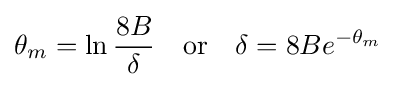
\theta _{m}=\ln {\frac {8B}{\delta }}\quad {\text{or}}\quad \delta =8Be^{-\theta _{m}}